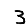
Digit: 3